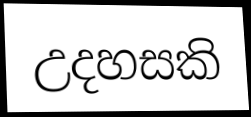
උදහසකි